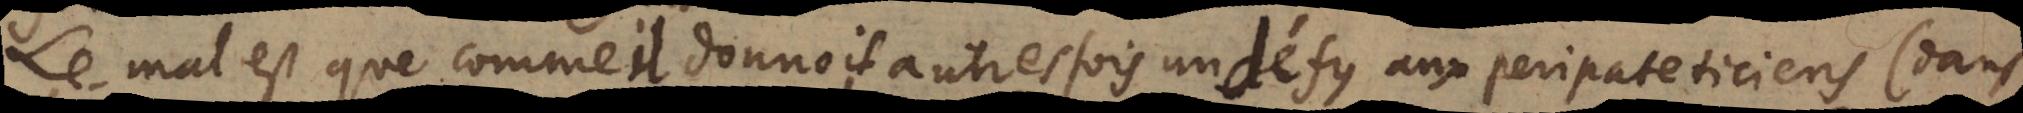
Le mal est que comme il donnoit autresfois un défy aux Peripateticiens (dans